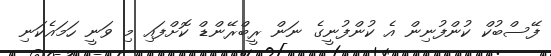
ފޭސްބުކް ކުންފުނިން އެ ކުންފުނީގެ ނަން ރީބްރޭންޑް ކޮށްފައި މި ވަނީ ހަމައެކަނި